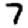
Digit: 7